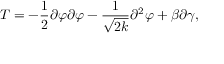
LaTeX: T = - \frac { 1 } { 2 } \partial \varphi \partial \varphi - \frac { 1 } { \sqrt { 2 k } } \partial ^ { 2 } \varphi + \beta \partial \gamma ,